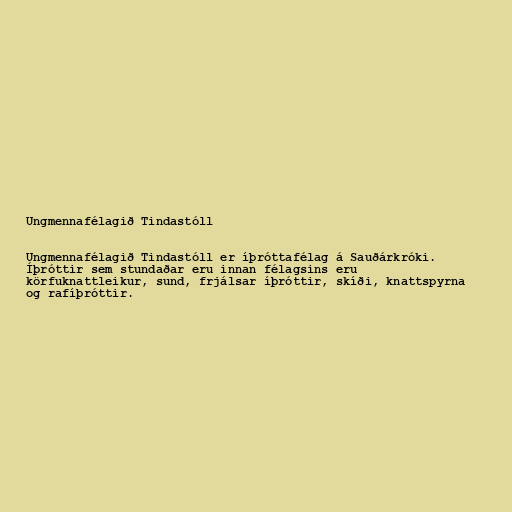
Ungmennafélagið Tindastóll

Ungmennafélagið Tindastóll er íþróttafélag á Sauðárkróki.
Íþróttir sem stundaðar eru innan félagsins eru
körfuknattleikur, sund, frjálsar íþróttir, skíði, knattspyrna
og rafíþróttir.